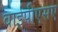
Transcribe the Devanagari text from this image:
वाईपीएसए